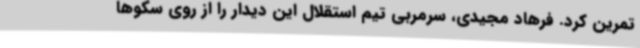
تمرین کرد. فرهاد مجیدی، سرمربی تیم استقلال این دیدار را از روی سکوها